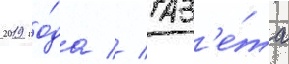
2019 го́да // Газ'е́та